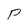
Character: P